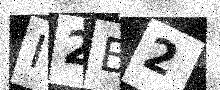
Text: I2B2